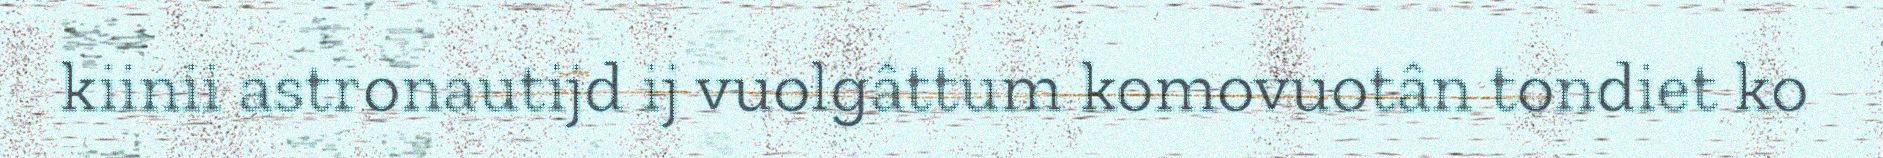
kiinii astronautijd ij vuolgâttum komovuotân tondiet ko